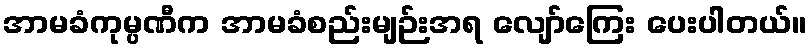
အာမခံကုမ္ပဏီက အာမခံစည်းမျဉ်းအရ လျော်ကြေး ပေးပါတယ်။